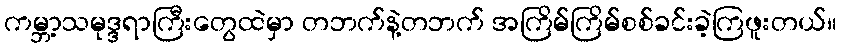
ကမ္ဘာ့သမုဒ္ဒရာကြီးတွေထဲမှာ တဘက်နဲ့တဘက် အကြိမ်ကြိမ်စစ်ခင်းခဲ့ကြဖူးတယ်။